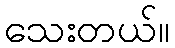
သေးတယ်။